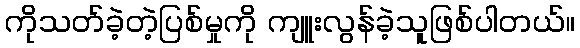
ကိုသတ်ခဲ့တဲ့ပြစ်မှုကို ကျူးလွန်ခဲ့သူဖြစ်ပါတယ်။